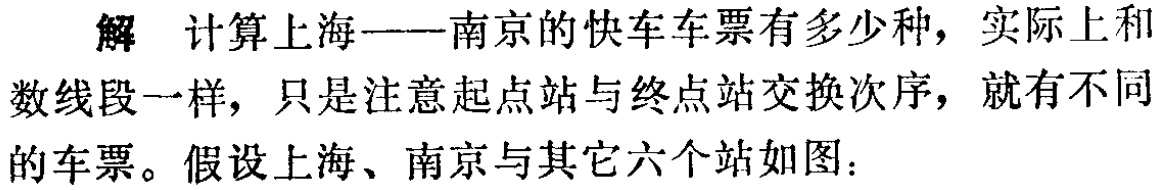
解 计算上海——南京的快车车票有多少种，实际上和

数线段一样，只是注意起点站与终点站交换次序，就有不同

的车票。假设上海、南京与其它六个站如图：